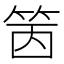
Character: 䇧